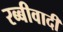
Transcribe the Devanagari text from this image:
रब्बीवादी